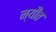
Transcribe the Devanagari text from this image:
न्यौंत